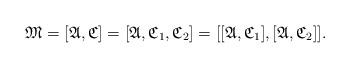
LaTeX: \begin{align*}\mathfrak{M} = [\mathfrak{A}, \mathfrak{C}] = [\mathfrak{A}, \mathfrak{C}_{1}, \mathfrak{C}_{2}] = [[\mathfrak{A}, \mathfrak{C}_{1}], [\mathfrak{A}, \mathfrak{C}_{2}]].\end{align*}